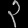
Digit: ၃